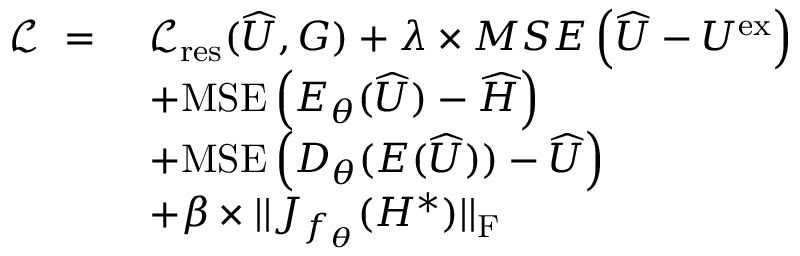
\begin{array} { r l } { \mathcal { L } ~ = ~ } & { \mathcal { L } _ { \mathrm { r e s } } ( \widehat { U } , G ) + \lambda \times M S E \left( \widehat { U } - U ^ { \mathrm { e x } } \right) } \\ & { + \mathrm { M S E } \left( E _ { \theta } ( \widehat { U } ) - \widehat { H } \right) } \\ & { + \mathrm { M S E } \left( D _ { \theta } ( E ( \widehat { U } ) ) - \widehat { U } \right) } \\ & { + \beta \times | | J _ { f _ { \theta } } ( H ^ { * } ) | | _ { \mathrm { F } } } \end{array}